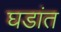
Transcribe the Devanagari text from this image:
घडांत